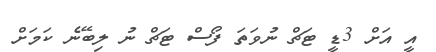
އީ އަށް 3ޑީ ޓަޗް ނުވަަތަ ފޯސް ޓަޗް ނު ލިބޭނެ ކަމަށް